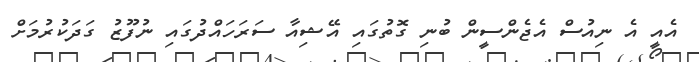
އެއީ އެ ނިއުސް އެޖެންސީން ބުނި ގޮތުގައި އޭޝިއާ ސަރަހައްދުގައި ނުފޫޒު ގަދަކުރުމަށް